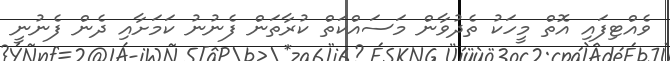
ވެއްޓިފައި އޮތް މީހަކު ތެދުވާން މަސައްކަތް ކުރާތަން ފެނުނު ކަމަށާއި ދެން ފެނުނީ